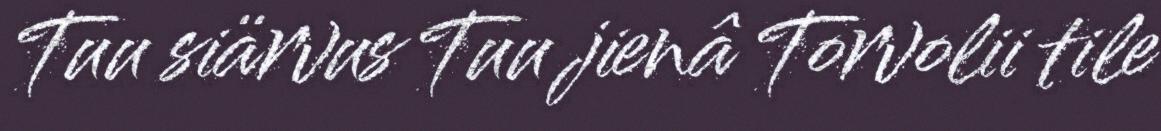
Tuu siärvus Tuu jienâ Torvolii tile